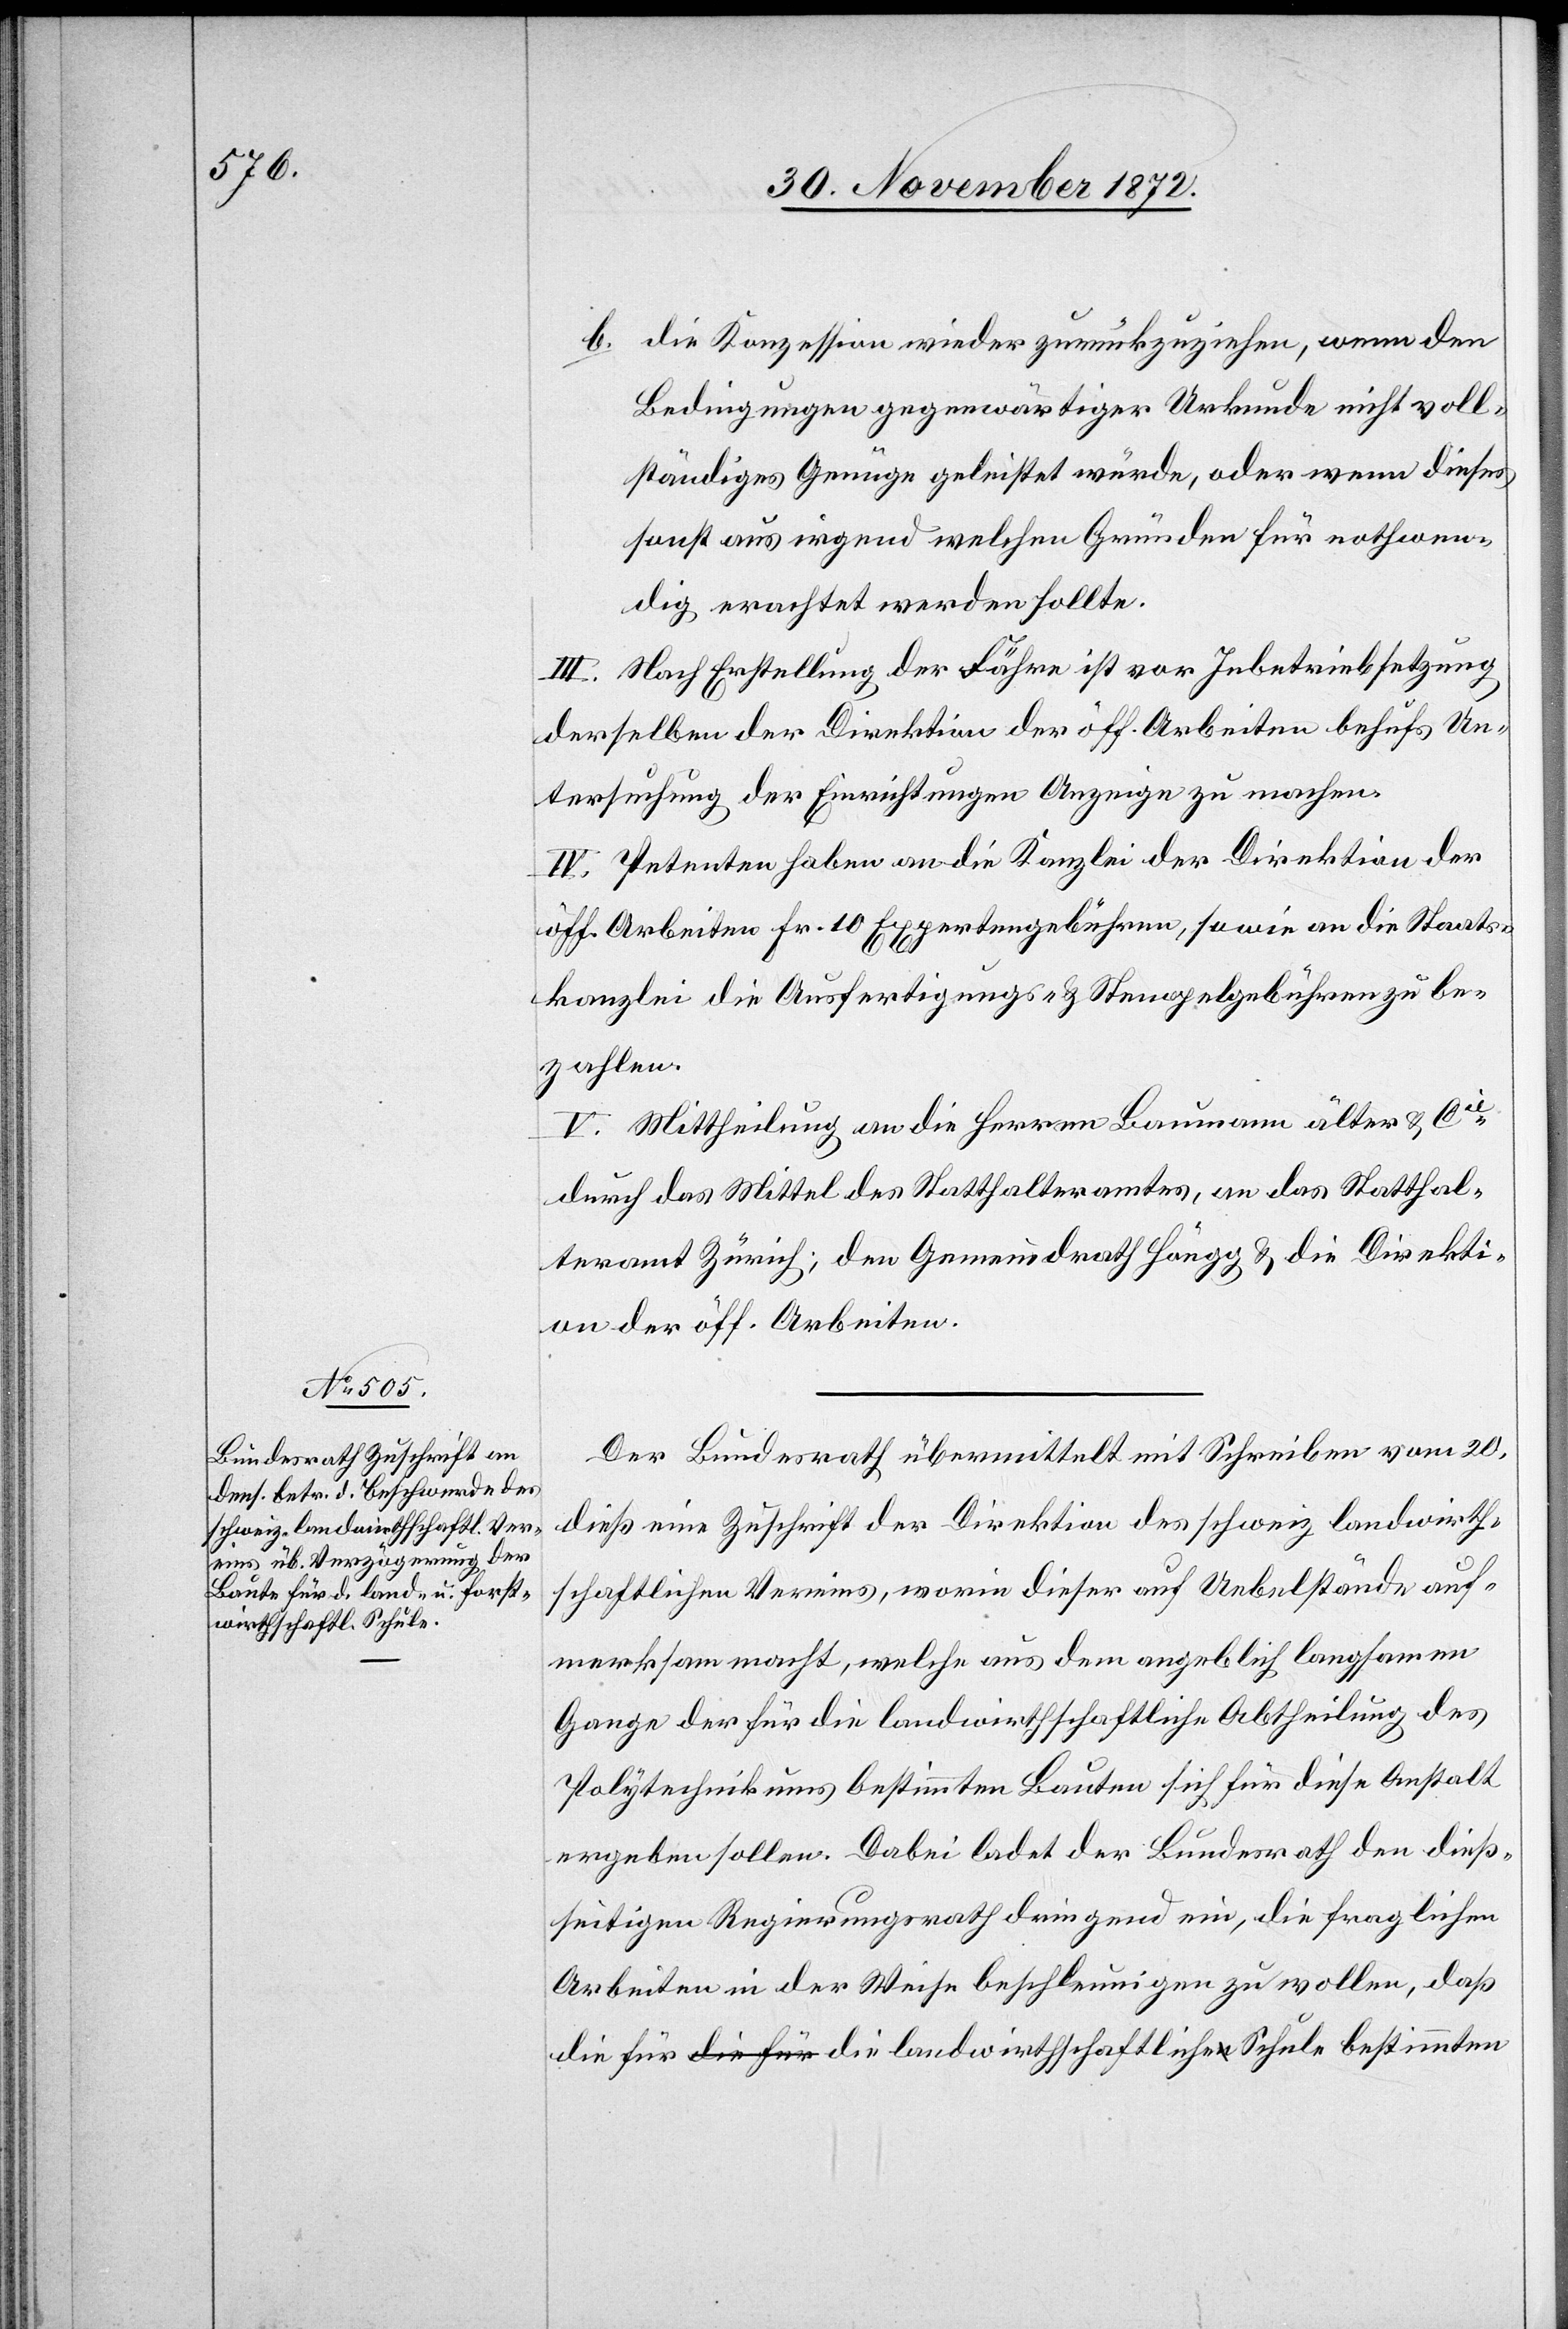
landwirthschaftliche Schule

b. die Konzession wieder zurückzuziehen, wenn den
Bedingungen gegenwärtiger Urkunde nicht voll¬
ständiges Genüge geleistet würde, oder wenn dieses
sonst aus irgend welchen Gründen für nothwen¬
dig erachtet werden sollte.
Nach Erstellung der Fähre ist vor Inbetriebsetzung
derselben der Direktion der öff. Arbeiten behufs Un¬
tersuchung der Einrichtungen Anzeige zu machen.
IV. Petenten haben an die Kanzlei der Direktion der
öff. Arbeiten Fr. 10 Expertengebühren, sowie an die Staats¬
kanzlei die Ausfertigungs- u. Stempelgebühren zu be¬
zahlen.
V. Mittheilung an die Herren Baumann älter u. Cie
durch das Mittel des Statthalteramtes, an das Statthal¬
teramt Zürich; den Gemeindrath Höngg u. die Direkti¬
on der öff. Arbeiten.
Der Bundesrath übermittelt mit Schreiben vom 20.
dieß eine Zuschrift der Direktion des schweiz. landwirth¬
schaftlichen Vereins, worin dieser auf Uebelstände auf¬
merksam macht, welche aus dem angeblich langsamen
Gange der für die landwirthschaftliche Abtheilung des
Polytechnikums bestimmten Bauten sich für diese Anstalt
ergeben sollen. Dabei ladet der Bundesrath den dieß¬
seitigen Regierungsrath dringend ein, die fraglichen
Arbeiten in der Weise beschleunigen zu wollen, daß